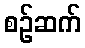
စဉ်ဆက်